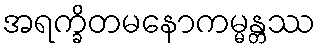
အရက္ခိတမနောကမ္မန္တဿ